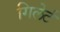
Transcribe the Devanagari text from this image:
गिलेर्ट